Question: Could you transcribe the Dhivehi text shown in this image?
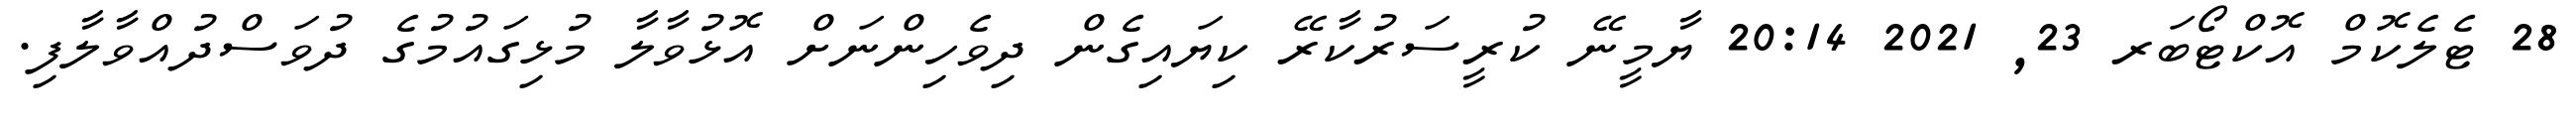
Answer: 28 ޓެލެކޮމް އޮކްޓޯބަރ 23, 2021 20:14 ޔާމީނޭ ކުރީސަރުކާރޭ ކިޔައިގެން ދިވެހިންނަށް އޮޅުވާލާ މުޅިގައުމުގެ ދުވަސްދުއްވާލާފި.